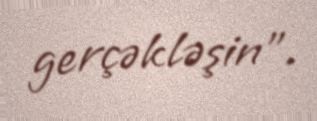
gerçəkləşin”.